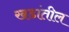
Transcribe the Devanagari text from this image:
खडांतील